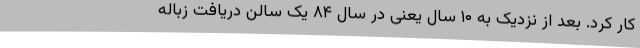
کار کرد. بعد از نزدیک به ۱۰ سال یعنی در سال ۸۴ یک سالن دریافت زباله